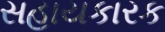
સહાયકારક